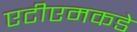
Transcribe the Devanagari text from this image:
एटीएमकडे